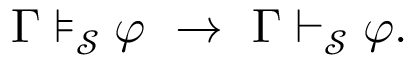
\Gamma \models _ { \mathcal { S } } \varphi \ \to \ \Gamma \vdash _ { \mathcal { S } } \varphi .